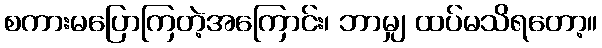
စကားမပြောကြတဲ့အကြောင်း၊ ဘာမျှ ထပ်မသိရတော့။